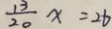
\frac { 1 3 } { 2 0 } x = 2 6